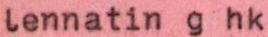
Lennatin g hk